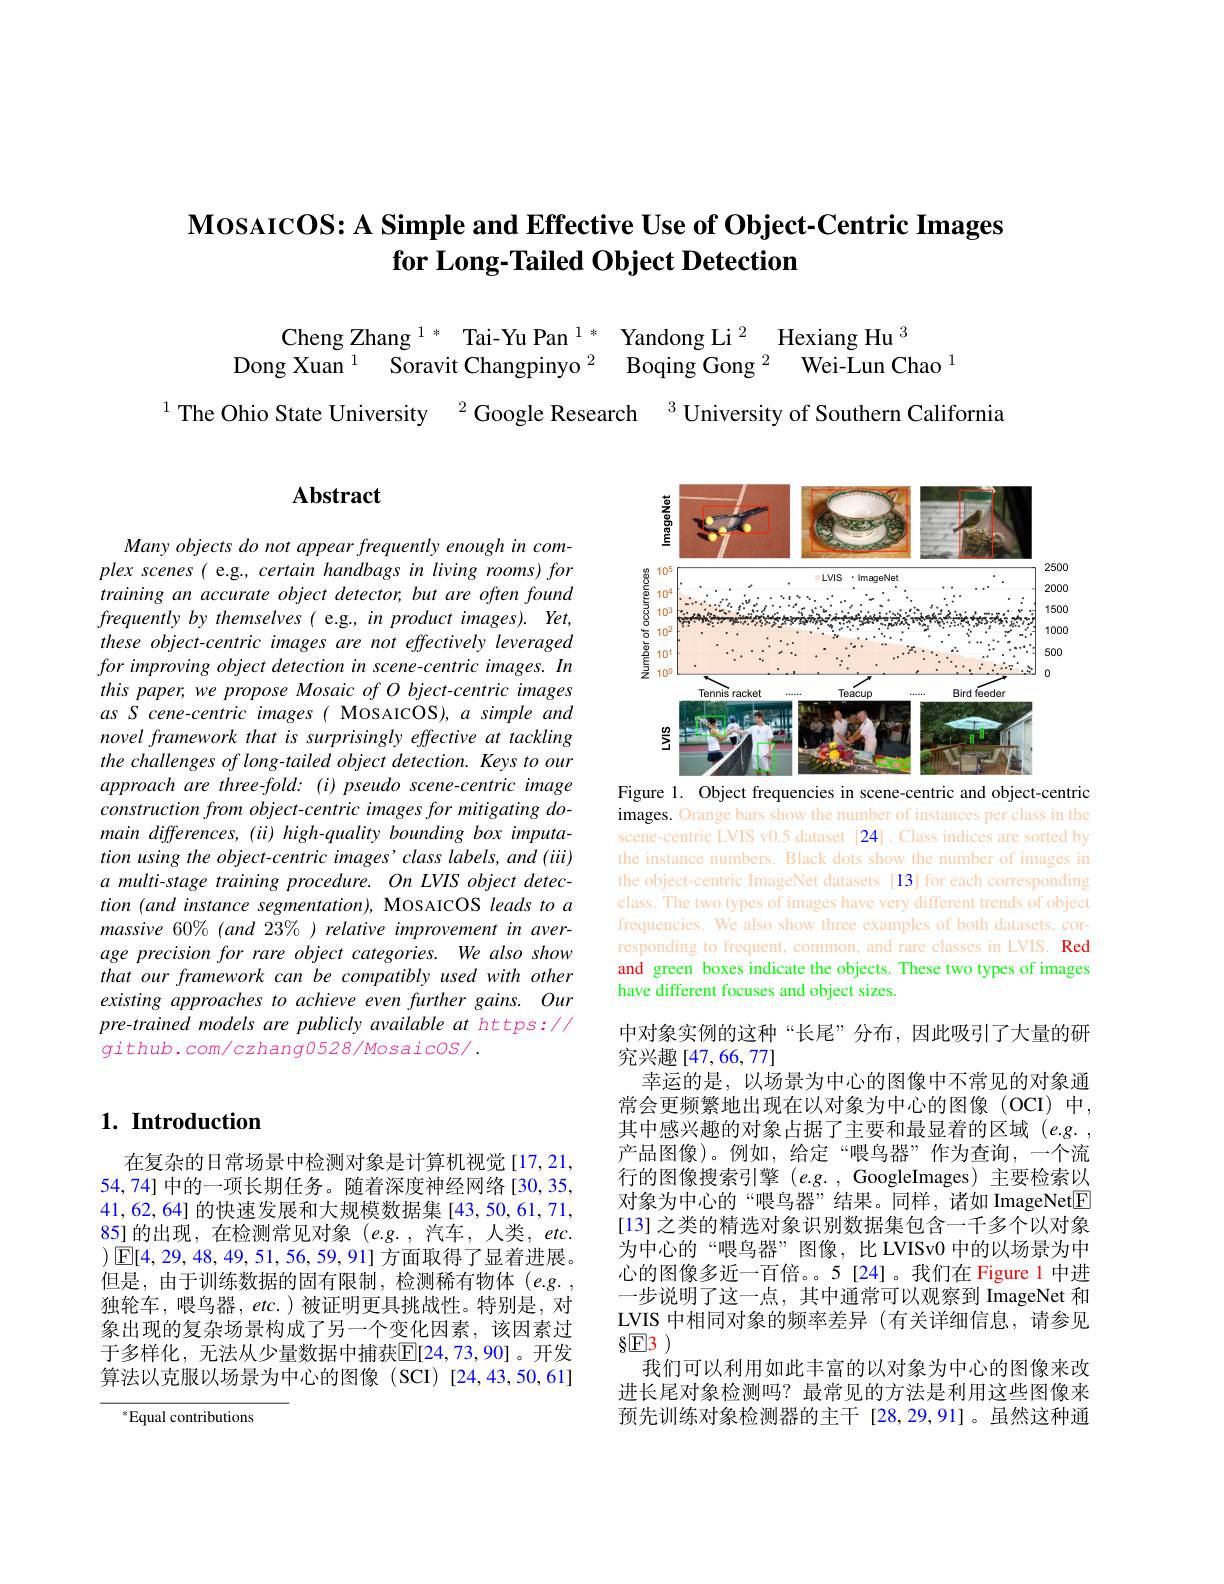
# $\textbf{MosarcOS: A Simple and Effective Use of Object- Centric Images}$ for Long-Tailed Object Detection

$\begin{array}{ccc}\mathrm{Cheng~Zhang~^{1*}~Tai-Yu~Pan~^{1*}~}&\mathrm{Yandong~Li~^{2}~Hexiang~Hu~^{3}}\\\mathrm{Dong~Xuan~^{1}~Soravit~Changpinyo~^{2}~Boqing~Gong~^{2}~Wei-Lun~Cl}\end{array}$
$\mathrm{Boqing~Gong~}^{2}$ $\mathrm{Wei- Lun~Chao~}^{1}$

$^{1}$ The Ohio State University $^{2}$Google Research $^{3}$ University of Southern California

## $1. \textbf{ Introduction}$

在复杂的日常场景中检测对象是计算机视觉[17,21, 54,74] 中的一项长期任务。随着深度神经网络 [30,35, 41,62,64]的快速发展和大规模数据集[43,50,61,71, 85]的出现，在检测常见对象(e.g.,汽车，人类，etc. $)\boxed{\mathbb{E}}[4,29,48,49,51,56,59,91]$方面取得了显着进展。但是，由于训练数据的固有限制，检测稀有物体(e.g., 独轮车，喂鸟器，$etc.$)被证明更具挑战性。特别是，对象出现的复杂场景构成了另一个变化因素，该因素过于多样化，无法从少量数据中捕获$\mathbb{E}[24,73,90]$。开发算法以克服以场景为中心的图像(SCI)[24,43,50,61]

$^*$Equal contributions

# Abstract

Many objects do not appear frequently enough in complex scenes( e.g., certain handbags in living rooms) for training an accurate object detector, but are often found frequently by themselves ( e.g., in product images). Yet, these object-centric images are not effectively leveraged for improving object detection in scene-centric images. In this paper, we propose Mosaic of O bject-centric images as S cene-centric images ( MosAICOS), a simple and novel framework that is surprisingly effective at tackling the challenges of long-tailed object detection. Keys to our approach are three-fold: (i) pseudo scene-centric image $constructionfromobject-centricimagesformitigatingdo-$ main differences, (ii) high-quality bounding box imputation using the object-centric images' class labels, and (iii) a multi-stage training procedure. On LVIS object detection (and instance segmentation), MOSAICOS leads to a massive 60%(and 23%)relative improvementin average precision for rare object categories. We also show that our framework can be compatibly used with other existing approaches to achieve even further gains. Our pre-trained models are publicly available at https:// github.com/czhang0528/Mosaicos/ .

<FigureHere>
Figure 1. Object frequencies in scene-centric and object-centric

images. Orange bars show the number of instances per class in the scene-centric LVIS v0.5 dataset [24].Class indices are sorted by the instance numbers. Black dots show the number of images in the object-centric ImageNet datasets [13]for each corresponding class. The two types of images have very different trends of object frequencies. We also show three examples of both datasets, corresponding to frequent, common, and rare classes in LVIS. Red and green boxes indicate the objects. These two types of images have different focuses and object sizes

中对象实例的这种“长尾”分布，因此吸引了大量的研
究兴趣[47,66,77]
幸运的是，以场景为中心的图像中不常见的对象通常会更频繁地出现在以对象为中心的图像(OCI)中， 其中感兴趣的对象占据了主要和最显着的区域$(e.g.$, 产品图像)。例如，给定“喂鸟器”作为查询，一个流行的图像搜索引擎$(e.g.$, GoogleImages) 主要检索以对象为中心的“喂鸟器”结果。同样，诸如 ImageNet$\boxed{\mathrm{F}}$ [13] 之类的精选对象识别数据集包含一千多个以对象为中心的“喂鸟器”图像，比LVISv0 中的以场景为中心的图像多近一百倍。。5[24]。我们在 Figure 1 中进一步说明了这一点，其中通常可以观察到 ImageNet 和LVIS 中相同对象的频率差异 (有关详细信息，请参见$8[E]3)$
我们可以利用如此丰富的以对象为中心的图像来改进长尾对象检测吗？最常见的方法是利用这些图像来预先训练对象检测器的主干[28,29,91]。虽然这种通